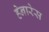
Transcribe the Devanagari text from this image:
हेनारेस